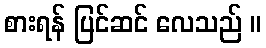
စားရန် ပြင်ဆင် လေသည် ။